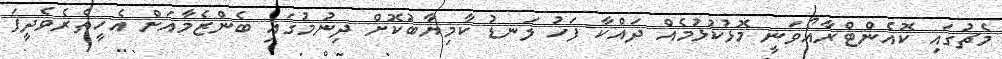
މެޗުގައި ކޮއެންޓްރާއޯވަނީ މޮޅުކުޅުމެއް ދައްކާ ފަހު ލަނޑު ކާމިޔާބުކޮށް ދިނުމުގައި ބެންޒެމާއަށް އެހީތެރެވެދީފަ